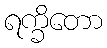
ရက္ခိတော